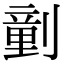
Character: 𠟍